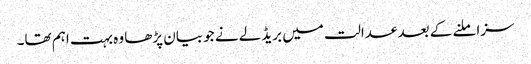
سزا ملنے کے بعد عدالت میں بریڈلے نے جو بیان پڑھا وہ بہت اہم تھا۔